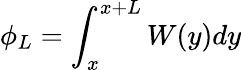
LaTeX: \phi_{L}=\int_{x}^{x+L}W(y)dy